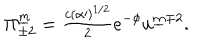
\Pi _ { \pm 2 } ^ { \underline { { m } } } = { \textstyle \frac { c ( \alpha \prime ) ^ { 1 / 2 } } { 2 } } e ^ { - \phi } u ^ { \underline { { m } } \mp 2 } .